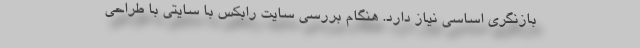
بازنگري اساسي نياز دارد. هنگام بررسي سايت رابكس با سايتي با طراحي